Leaving Certificate Examination (including Day School Certificate (Higher) General paper), 1928
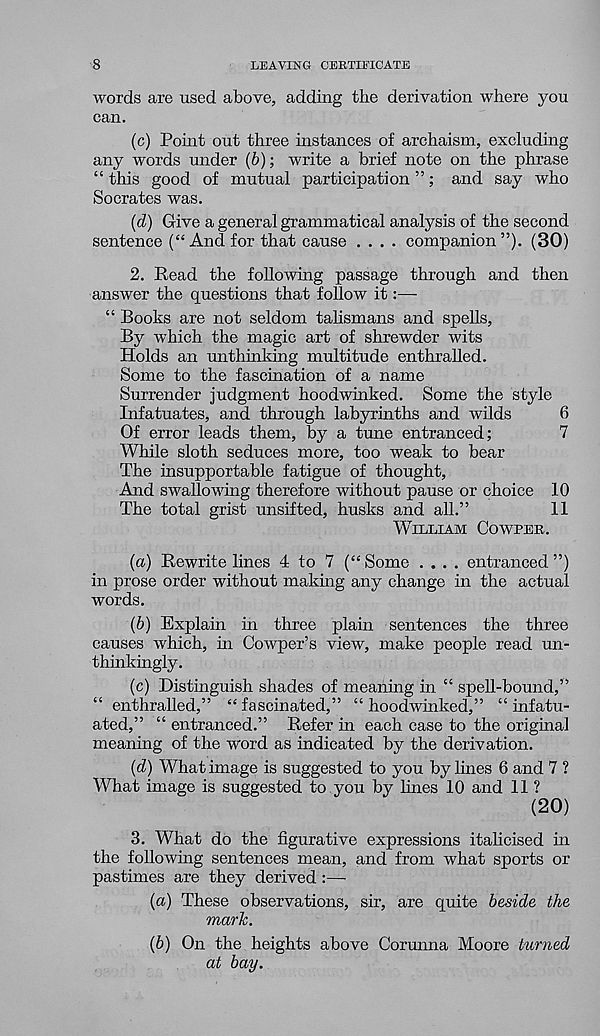
8
LEAVING CERTIFICATE
words are used above, adding the derivation where you
can.
(c) Point out three instances of archaism, excluding
any words under (b); write a brief note on the phrase
“ this good of mutual participation ”; and say who
Socrates was.
(d) Give a general grammatical analysis of the second
sentence (“And for that cause .... companion”). (30)
2. Read the folio whig passage through and then
answer the questions that follow it:—
“ Books are not seldom talismans and spells.
By which the magic art of shrewder wits
Holds an unthinking multitude enthralled.
Some to the fascination of a name
Surrender judgment hoodwinked. Some the style
Infatuates, and through labyrinths and wilds
6
Of error leads them, by a tune entranced;
7
While sloth seduces more, too weak to bear
The insupportable fatigue of thought,
And swallowing therefore without pause or choice 10
The total grist unsifted, husks and all.”
II
WILLIAM COWPER.
(a) Rewrite lines 4 to 7 (“ Some .... entranced ”)
in prose order without making any change in the actual
words.
(b) Explain in three plain sentences the three
causes which, in Cowper’s view, make people read un-
thinkingly.
(c) Distinguish shades of meaning in “ spell-bound,”
“ enthralled,” “ fascinated,” “ hoodwinked,” “ infatu-
ated,” “ entranced.” Refer in each case to the original
meaning of the word as indicated by the derivation.
(d) What image is suggested to you by Imes 6 and 7 ?
What image is suggested to you by hues 10 and 11 ?
(20)
3. What do the figurative expressions italicised in
the following sentences mean, and from what sports or
pastimes are they derived
(a) These observations, sir, are quite beside the
mark.
(b) On the heights above Corunna Moore turned
at bay.